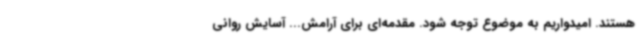
هستند. امیدواریم به موضوع توجه شود. مقدمه‌ای برای آرامش... آسایش روانی